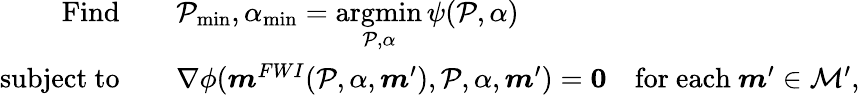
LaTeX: \begin{array}{rl}{\textrm{Find}\quad}&{\mathcal{P}_{\operatorname*{min}},\alpha_{\operatorname*{min}}=\underset{\mathcal{P},\alpha}{\mathrm{argmin}}\, \psi(\mathcal{P},\alpha)}\\ {\mathrm{subject~to}\quad}&{\nabla\phi(\boldsymbol{m}^{FWI}(\mathcal{P},\alpha,\boldsymbol{m}^{\prime}),\mathcal{P},\alpha,\boldsymbol{m}^{\prime})=\mathbf{0}\quad\mathrm{for~each~}\boldsymbol{m}^{\prime}\in\mathcal{M^{\prime}},}\end{array}